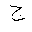
Letter: _gim